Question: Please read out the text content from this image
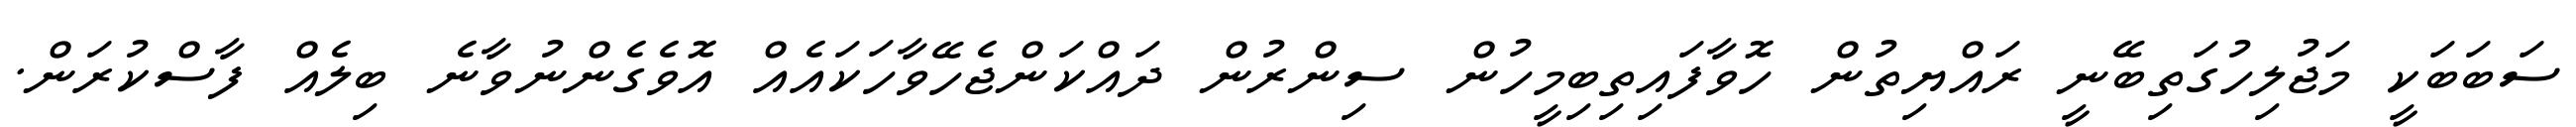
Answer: ސަބަބަކީ މަޖުލިހުގަތިބޭނީ ރައްޔިތުން ހޮވާފައިތިބިމީހުން ސިންރުން ދައްކަންޖެހޭވާހަކައެއް އޮވެގެންނުވާނެ ބިލެއް ފާސްކުރަން.